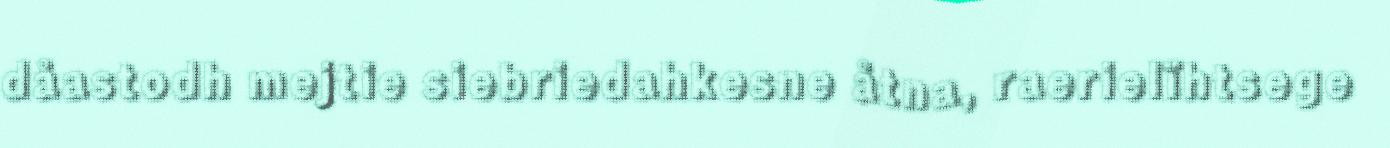
dåastodh mejtie siebriedahkesne åtna, raerielïhtsege